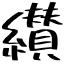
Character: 纉